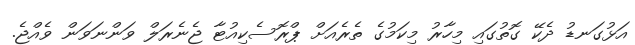
އަޅުގަނޑު ދެކޭ ގޮތުގައި މިހާރު މިކަމުގެ ތެރެއަށް ޕްރޮސެކިއުޓާ ޖެނެރަލް ވަންނަވަން ވެއްޖެ.